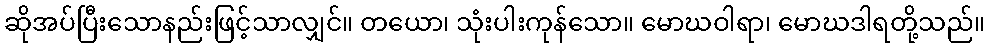
ဆိုအပ်ပြီးသောနည်းဖြင့်သာလျှင်။ တယော၊ သုံးပါးကုန်သော။ မောဃဝါရာ၊ မောဃဒါရတို့သည်။